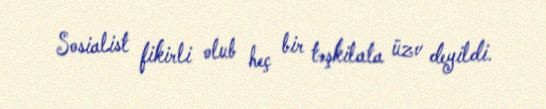
Sosialist fikirli olub heç bir təşkilata üzv deyildi.